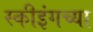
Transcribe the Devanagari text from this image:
स्कीइंगच्या